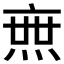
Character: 𤍍